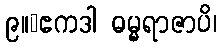
၉။	ဧကဒါ ဓမ္မရာဇာပိ၊